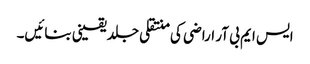
ایس ایم بی آر اراضی کی منتقلی جلد یقینی بنائیں۔